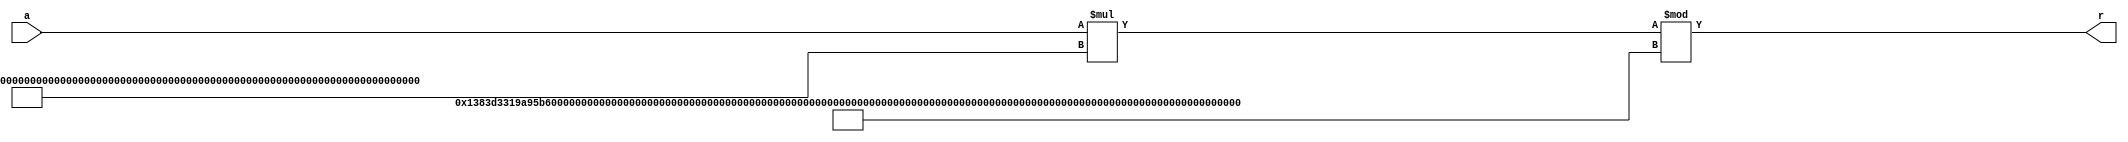
module mult_const_513_bit_mod(
     a,
     r
    );

input [8:1] a;
output [513:1] r;

assign r = (a * 513'd16120775370736350823988927470013450923234256650088346836566427204342423293769121730733856444103918043715008116418812536136346390139704435182750200089763840) % 513'd16353286553968125114719537000830952619242443044080005685170750673635823629736945601850210142816955323191666887328699255407543693843642479920962943360289280;

endmodule